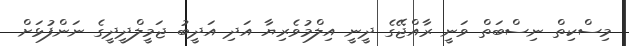
މިސްކިތް ނިސްބަތް ވަނީ ރާއްޖޭގެ ދީނީ އިލްމުވެރިޔާ އަދި އަދީބު ޖަމީލްދީދީގެ ނަންފުޅަށް